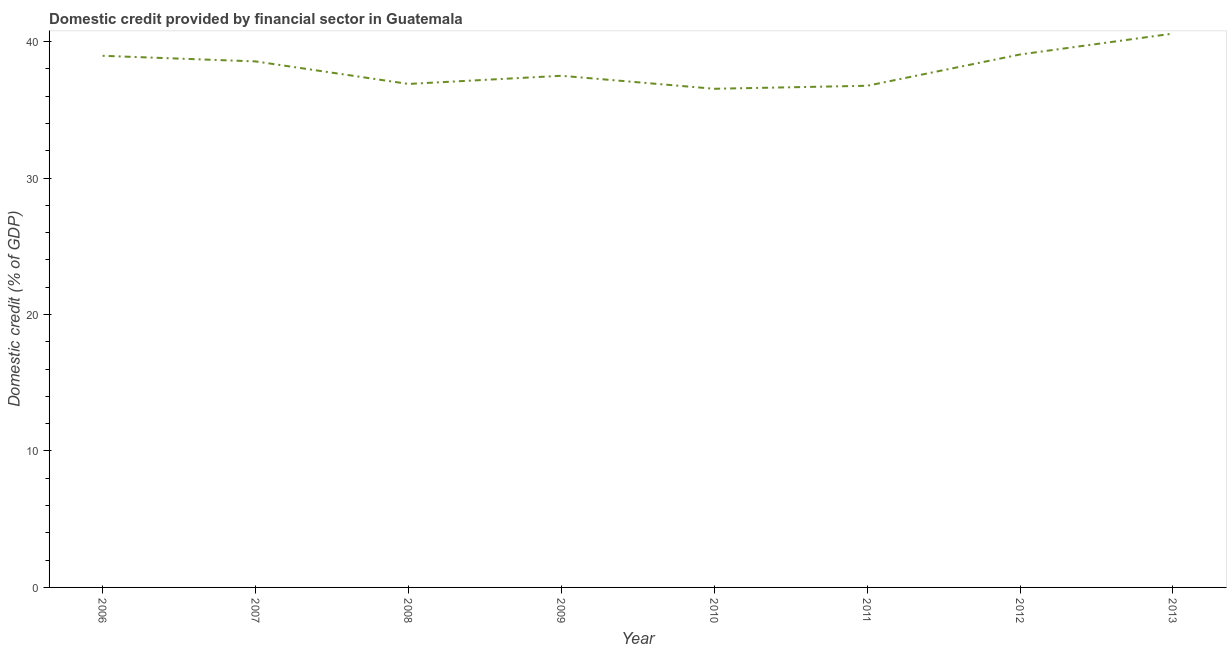
| Year | Domestic credit provided by financial sector |
 | --- | --- |
 | 2006 | 39 |
 | 2007 | 38.6 |
 | 2008 | 36.9 |
 | 2009 | 37.5 |
 | 2010 | 36.5 |
 | 2011 | 36.8 |
 | 2012 | 39.1 |
 | 2013 | 40.6 |